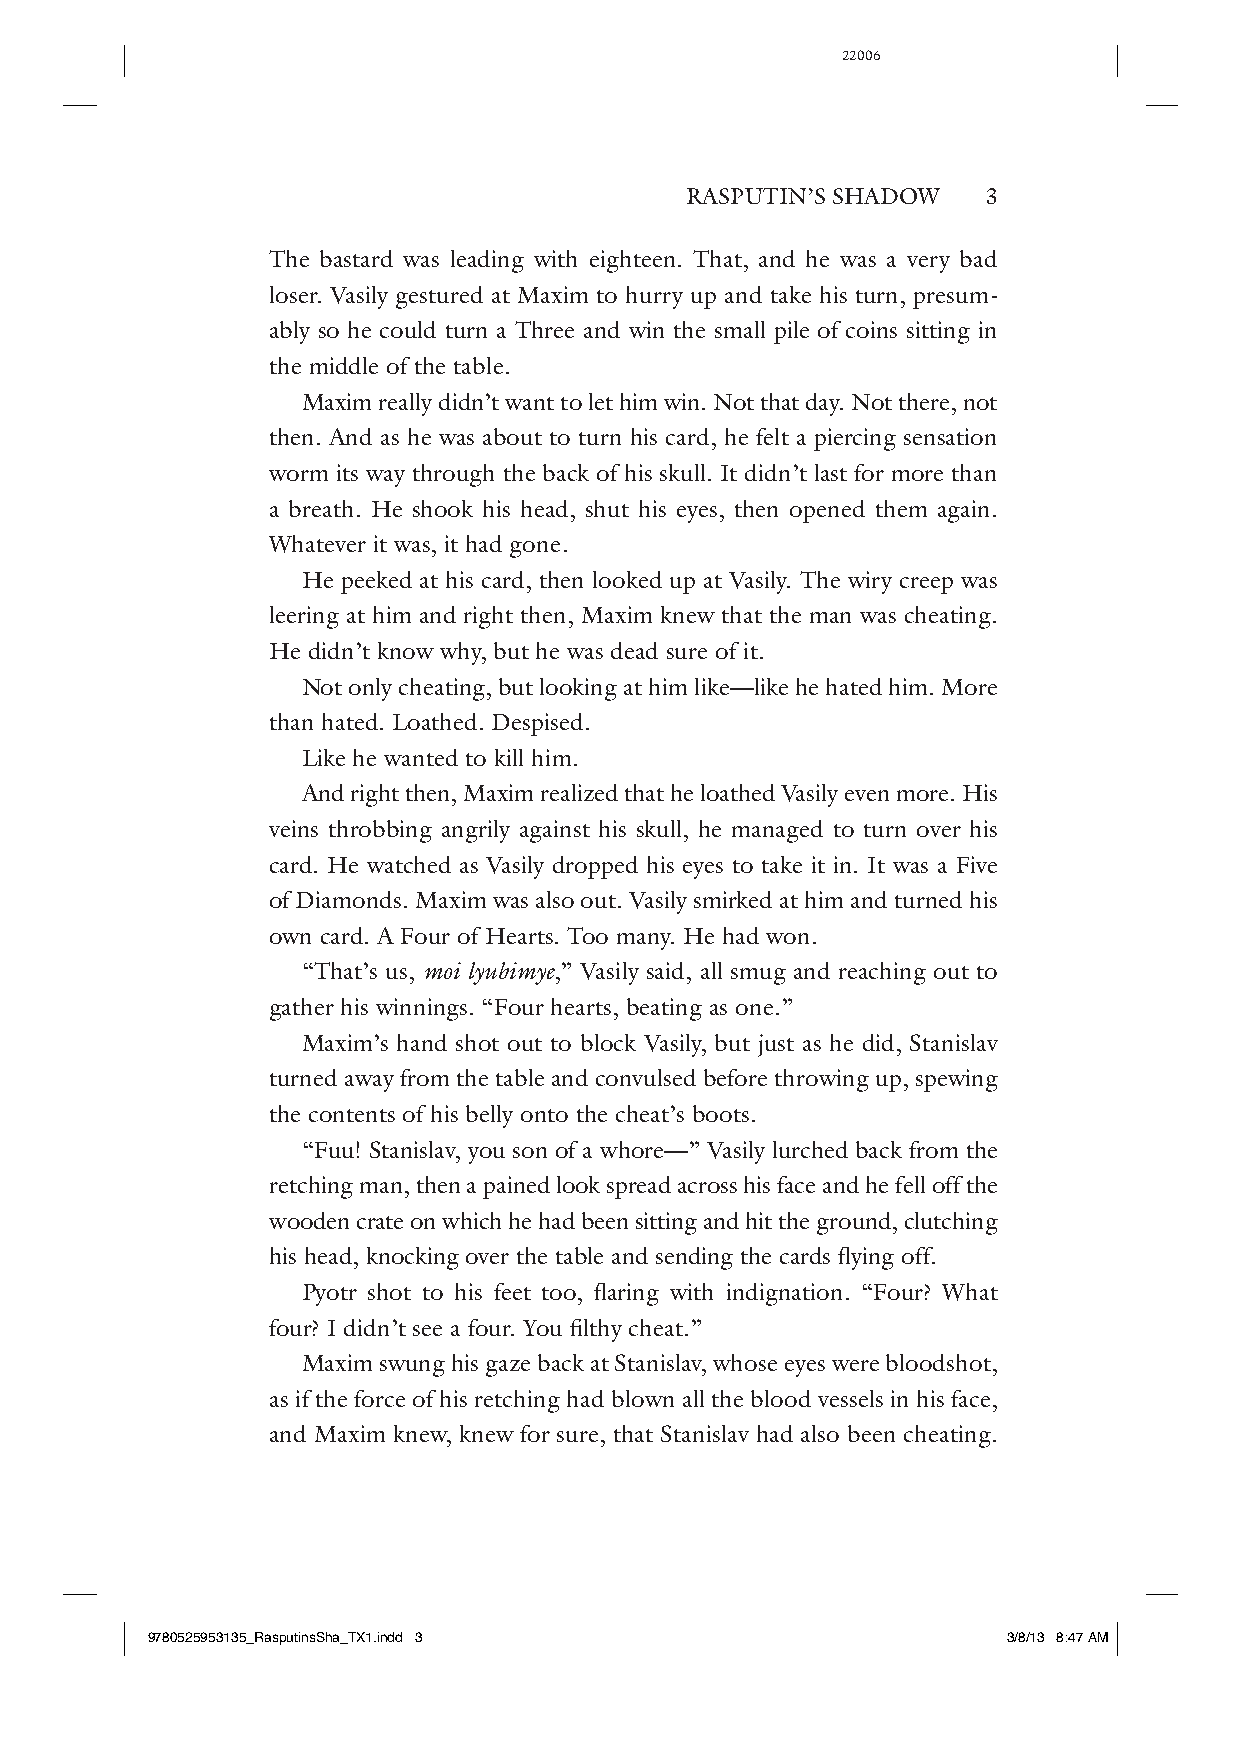
22006
 RASPUTIN’S SHADOW   3
 The bastard was leading with eighteen. That, and he was a very bad
 loser. Vasily gestured at Maxim to hurry up and take his turn, presum-
 ably so he could turn a Three and win the small pile of coins sitting in
 the middle of the table.
 Maxim really didn’t want to let him win. Not that day. Not there, not
 then. And as he was about to turn his card, he felt a piercing sensation
 worm its way through the back of his skull. It didn’t last for more than
 a breath. He shook his head, shut his eyes, then opened them again.
 Whatever it was, it had gone.
 He peeked at his card, then looked up at Vasily. The wiry creep was
 leering at him and right then, Maxim knew that the man was cheating.
 He didn’t know why, but he was dead sure of it.
 Not only cheating, but looking at him like—l ike he hated him. More
 than hated. Loathed. Despised.
 Like he wanted to kill him.
 And right then, Maxim realized that he loathed Vasily even more. His
 veins throbbing angrily against his skull, he managed to turn over his
 card. He watched as Vasily dropped his eyes to take it in. It was a Five
 of Diamonds. Maxim was also out. Vasily smirked at him and turned his
 own card. A Four of Hearts. Too many. He had won.
 “That’s us, moi lyubimye,” Vasily said, all smug and reaching out to
 gather his winnings. “Four hearts, beating as one.”
 Maxim’s hand shot out to block Vasily, but just as he did, Stanislav
 turned away from the table and convulsed before throwing up, spewing
 the contents of his belly onto the cheat’s boots.
 “Fuu! Stanislav, you son of a whore—” Vasily lurched back from the
 retching man, then a pained look spread across his face and he fell off the
 wooden crate on which he had been sitting and hit the ground, clutching
 his head, knocking over the table and sending the cards flying off.
 Pyotr shot to his feet too, flaring with indignation. “Four? What
 four? I didn’t see a four. You filthy cheat.”
 Maxim swung his gaze back at Stanislav, whose eyes were bloodshot,
 as if the force of his retching had blown all the blood vessels in his face,
 and Maxim knew, knew for sure, that Stanislav had also been cheating.
 9780525953135_RasputinsSha_TX1.indd 3                    3/8/13 8:47 AM